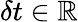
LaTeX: \delta t\in\mathbb{R}